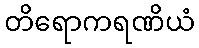
တိရောကရဏိယံ